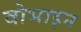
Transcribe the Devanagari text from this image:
वोभाइन